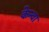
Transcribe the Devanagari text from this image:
केन्वा